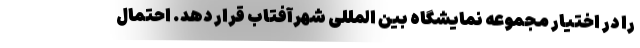
را در اختیار مجموعه نمایشگاه بین المللی شهرآفتاب قرار دهد. احتمال